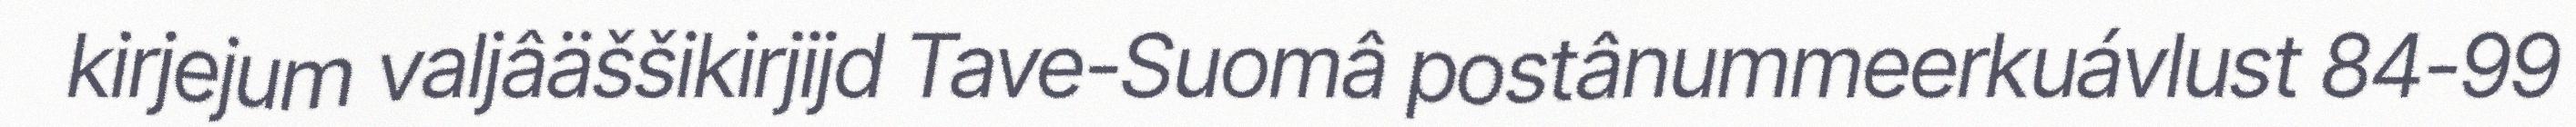
kirjejum valjâäššikirjijd Tave-Suomâ postânummeerkuávlust 84-99